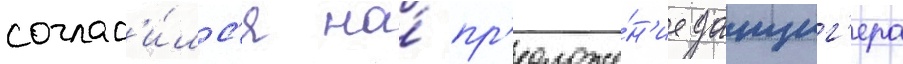
соглас'и́лс'я на́ пр'едложе́н'ие данциг'ера